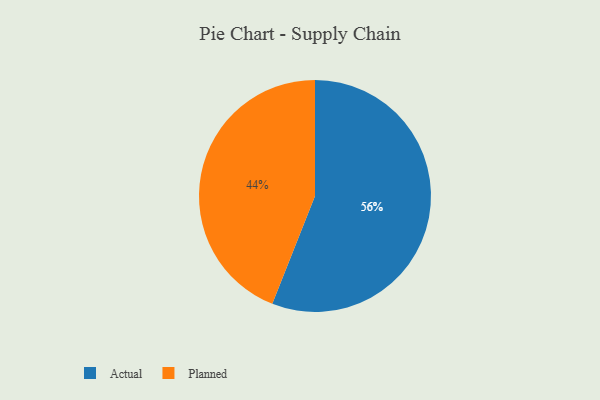
{"axis": {"x": "Category", "y": "Percentage"}, "legend": ["Actual", "Planned"], "data": [{"x": "Planned", "y": 44, "type": "Planned"}, {"x": "Actual", "y": 56, "type": "Actual"}]}